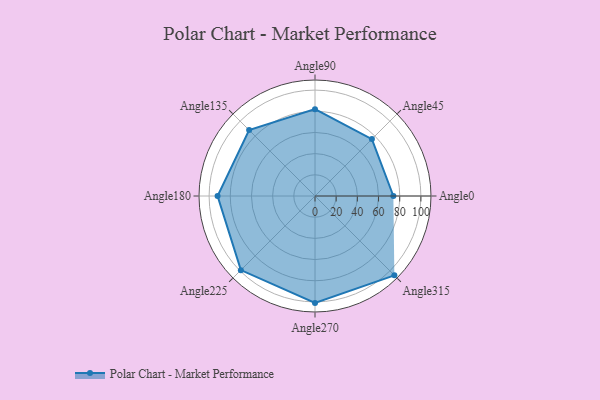
{"axis": {"x": "Angle", "y": "Radius"}, "legend": [""], "data": [{"x": "Angle0", "y": 74.0, "type": ""}, {"x": "Angle45", "y": 76.0, "type": ""}, {"x": "Angle90", "y": 82.0, "type": ""}, {"x": "Angle135", "y": 88.0, "type": ""}, {"x": "Angle180", "y": 92.0, "type": ""}, {"x": "Angle225", "y": 99.0, "type": ""}, {"x": "Angle270", "y": 101.0, "type": ""}, {"x": "Angle315", "y": 106.0, "type": ""}]}